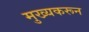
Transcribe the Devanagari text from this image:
मुख्यकरून